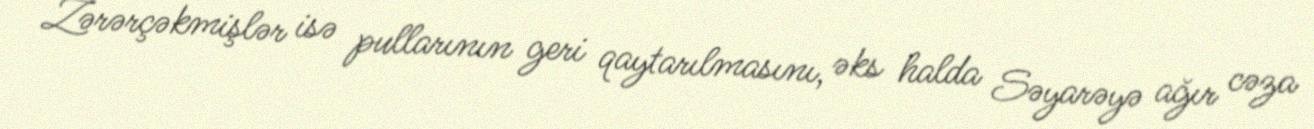
Zərərçəkmişlər isə pullarının geri qaytarılmasını, əks halda Səyarəyə ağır cəza